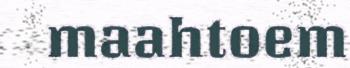
maahtoem